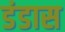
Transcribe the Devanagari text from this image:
डंडास